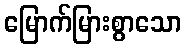
မြောက်မြားစွာသော